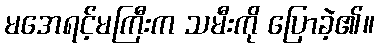
မအေရင့်မကြီးက သမီးကို ပြောခဲ့၏။